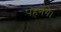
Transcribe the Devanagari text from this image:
पहनेंगे।